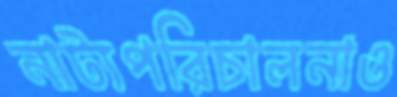
নাট্যপরিচালনাও